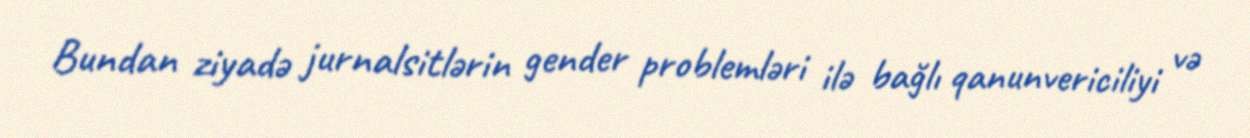
Bundan ziyadə jurnalsitlərin gender problemləri ilə bağlı qanunvericiliyi və